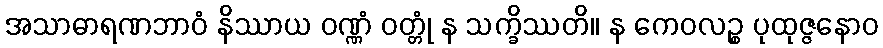
အသာဓာရဏဘာဝံ နိဿာယ ဝဏ္ဏံ ဝတ္တုံ န သက္ခိဿတိ။ န ကေဝလဉ္စ ပုထုဇ္ဇနောဝ